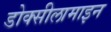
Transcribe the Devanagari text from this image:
डोक्सीलामाइन